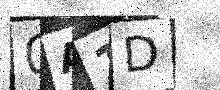
Text: 0A1D